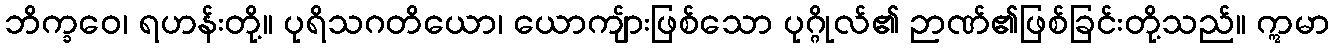
ဘိက္ခဝေ၊ ရဟန်းတို့။ ပုရိသဂတိယော၊ ယောကျ်ားဖြစ်သော ပုဂ္ဂိုလ်၏ ဉာဏ်၏ဖြစ်ခြင်းတို့သည်။ ဣမာ